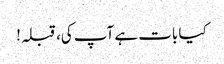
کیا بات ہے آپ کی، قبلہ!